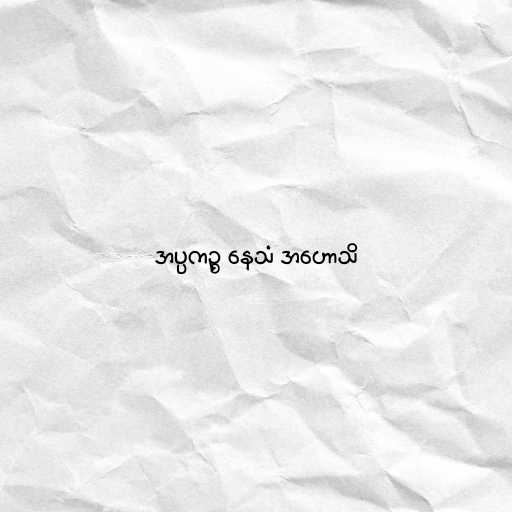
အပ္ပကဉ္စ နေသံ အဟောသိ